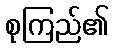
စုကြည်၏